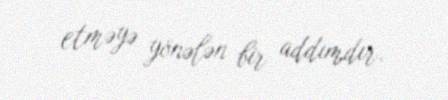
etməyə yönələn bir addımdır.